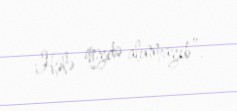
Hələ qeydə alınmayıb”.